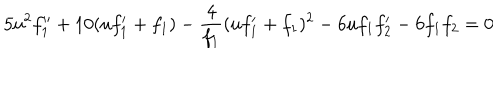
LaTeX: 5 u ^ { 2 } f _ { 1 } ^ { \prime \prime } + 1 0 ( u f _ { 1 } ^ { \prime } + f _ { 1 } ) - \frac { 4 } { f _ { 1 } } ( u f _ { 1 } ^ { \prime } + f _ { 1 } ) ^ { 2 } - 6 u f _ { 1 } f _ { 2 } ^ { \prime } - 6 f _ { 1 } f _ { 2 } = 0